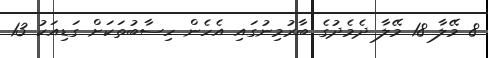
8 މޭލާ 18 މޭލާ ދެމެދުގެ ބާރުމިނުގައި އެހެން ހިސާބުތަކަށް ގަޑިއަކު 13